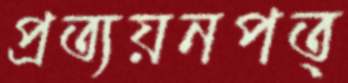
প্রত্যয়নপত্